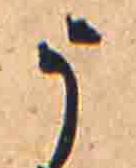
う